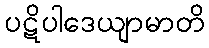
ပဋိပါဒေယျာမာတိ